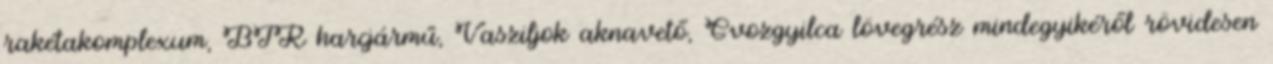
rakétakomplexum, BTR harcjármű, Vasziljok aknavető, Gvozgyilca lövegrész mindegyikéről rövidesen